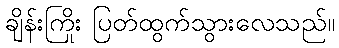
ချိန်းကြိုး ပြတ်ထွက်သွားလေသည်။